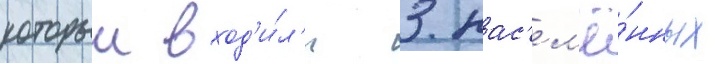
которыи вход'и́л'и 3 нас'ел'ё́нных